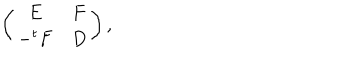
LaTeX: \left( \begin{array} { c c } { { E } } & { { F } } \\ { { - ^ { t } F } } & { { D } } \\ \end{array} \right) ,